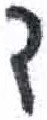
אות: ד